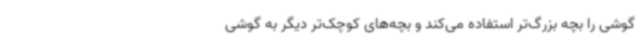
گوشی را بچه بزرگ‌تر استفاده می‌کند و بچه‌های کوچک‌تر دیگر به گوشی